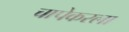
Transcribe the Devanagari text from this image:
चापेकरला